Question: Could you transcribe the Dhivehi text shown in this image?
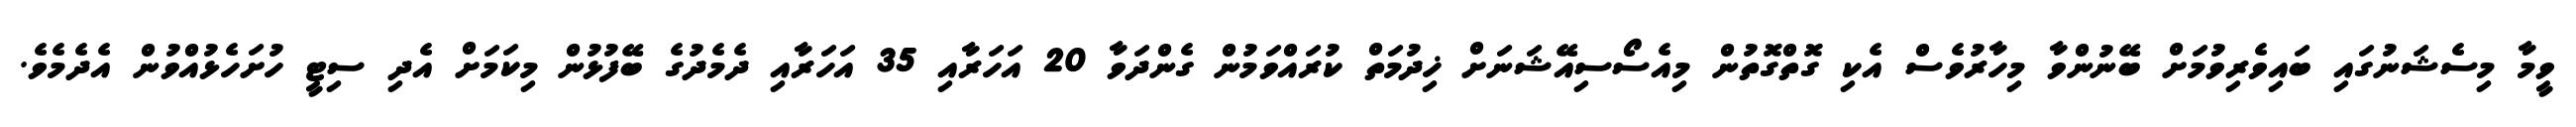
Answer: ވީމާ މިސެޝަނުގައި ބައިވެރިވުމަށް ބޭނުންވާ މިހާރުވެސް އެކި ގޮތްގޮތުން މިއެސޯސިއޭޝަނަށް ޚިދުމަތް ކުރައްވަމުން ގެންދަވާ 20 އަހަރާއި 35 އަހަރާއި ދެމެދުގެ ބޭފުޅުން މިކަމަށް އެދި ސިޓީ ހުށަހެޅުއްވުން އެދެމެވެ.